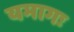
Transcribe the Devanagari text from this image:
यमागः